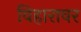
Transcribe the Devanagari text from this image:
विहारावर